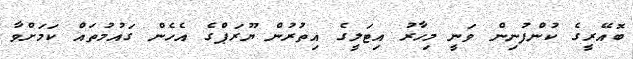
ބޮއޭރީގެ ކުންފުނިން ވަނީ މިހާރު އިޓަލީގެ އިތުރުން ޔޫރަޕްގެ އެހެން ގައުމުތައް ކަމަށްވާ